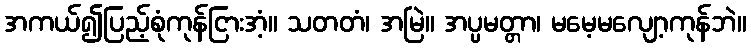
အကယ်၍ပြည့်စုံကုန်ငြားအံ့။ သတတံ၊ အမြဲ။ အပ္ပမတ္တာ၊ မမေ့မလျော့ကုန်ဘဲ။